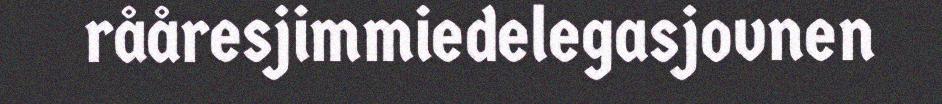
rååresjimmiedelegasjovnen